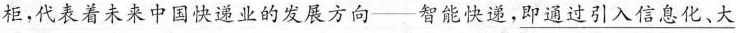
柜，代表着未来中国快递业的发展方向——智能快递，\underline{即通过引入信息化、大}